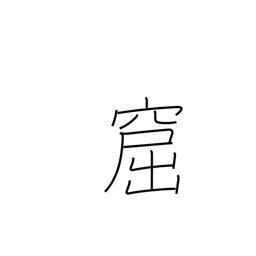
Meaning: cavern